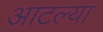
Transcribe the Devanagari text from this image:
आटल्या